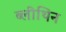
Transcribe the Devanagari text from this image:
ब्लीथिन